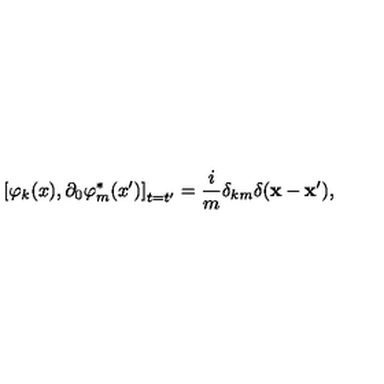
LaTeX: \left[ \varphi _ { k } ( x ) , \partial _ { 0 } \varphi _ { m } ^ { * } ( x ^ { \prime } ) \right] _ { t = t ^ { \prime } } = \frac { i } { m } \delta _ { k m } \delta ( \mathbf { x } - \mathbf { x } ^ { \prime } ) ,